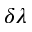
\delta \lambda